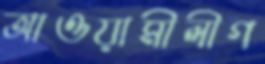
আওয়ামীলীগ